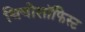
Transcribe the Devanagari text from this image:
थियोसॉफिस्ट